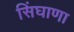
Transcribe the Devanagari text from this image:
सिंघाणा